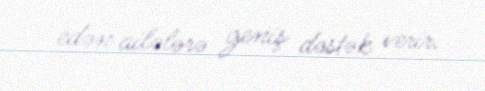
edən ailələrə geniş dəstək verir.